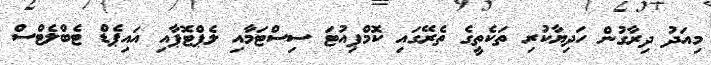
މިއަދު ދިރާގުން ހަދިޔާކުރި ތަކެތީގެ ތެރޭގައި ކޮމްޕިއުޓަ ސިސްޓަމާއި ލެޕްޓޮޕާއި އައިޕެޑް ޓެބްލެޓްސް